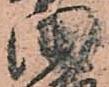
田